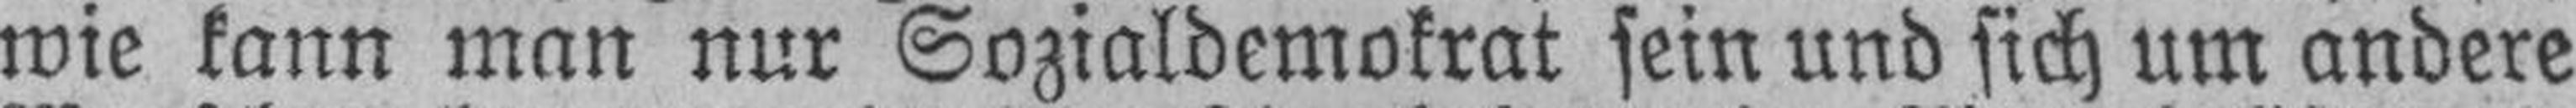
wie kann man nur Sozialdemokrat sein und sich um andere